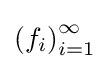
\left(f_{i}\right)_{i=1}^{\infty }